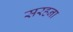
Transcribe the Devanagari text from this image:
सरहना